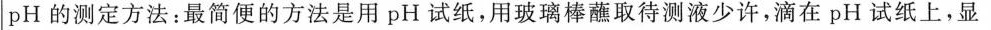
pH的测定方法：最简便的方法是用pH试纸，用玻璃棒蘸取待测液少许，滴在pH试纸上，显